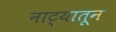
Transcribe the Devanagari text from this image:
नाट्यातून